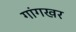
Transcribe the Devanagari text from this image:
गांगखर